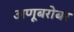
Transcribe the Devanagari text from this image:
अणूबरोबर